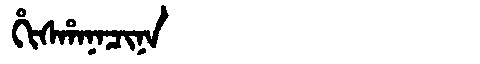
Manchu: ᡥᡳᠰᡥᠠᠨᠠᠴᡳᠨᠠ
Romanization: HISHANACINA